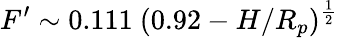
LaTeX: F^{\prime}\sim 0.111~(0.92-H/R_{p})^{\frac{1}{2}}